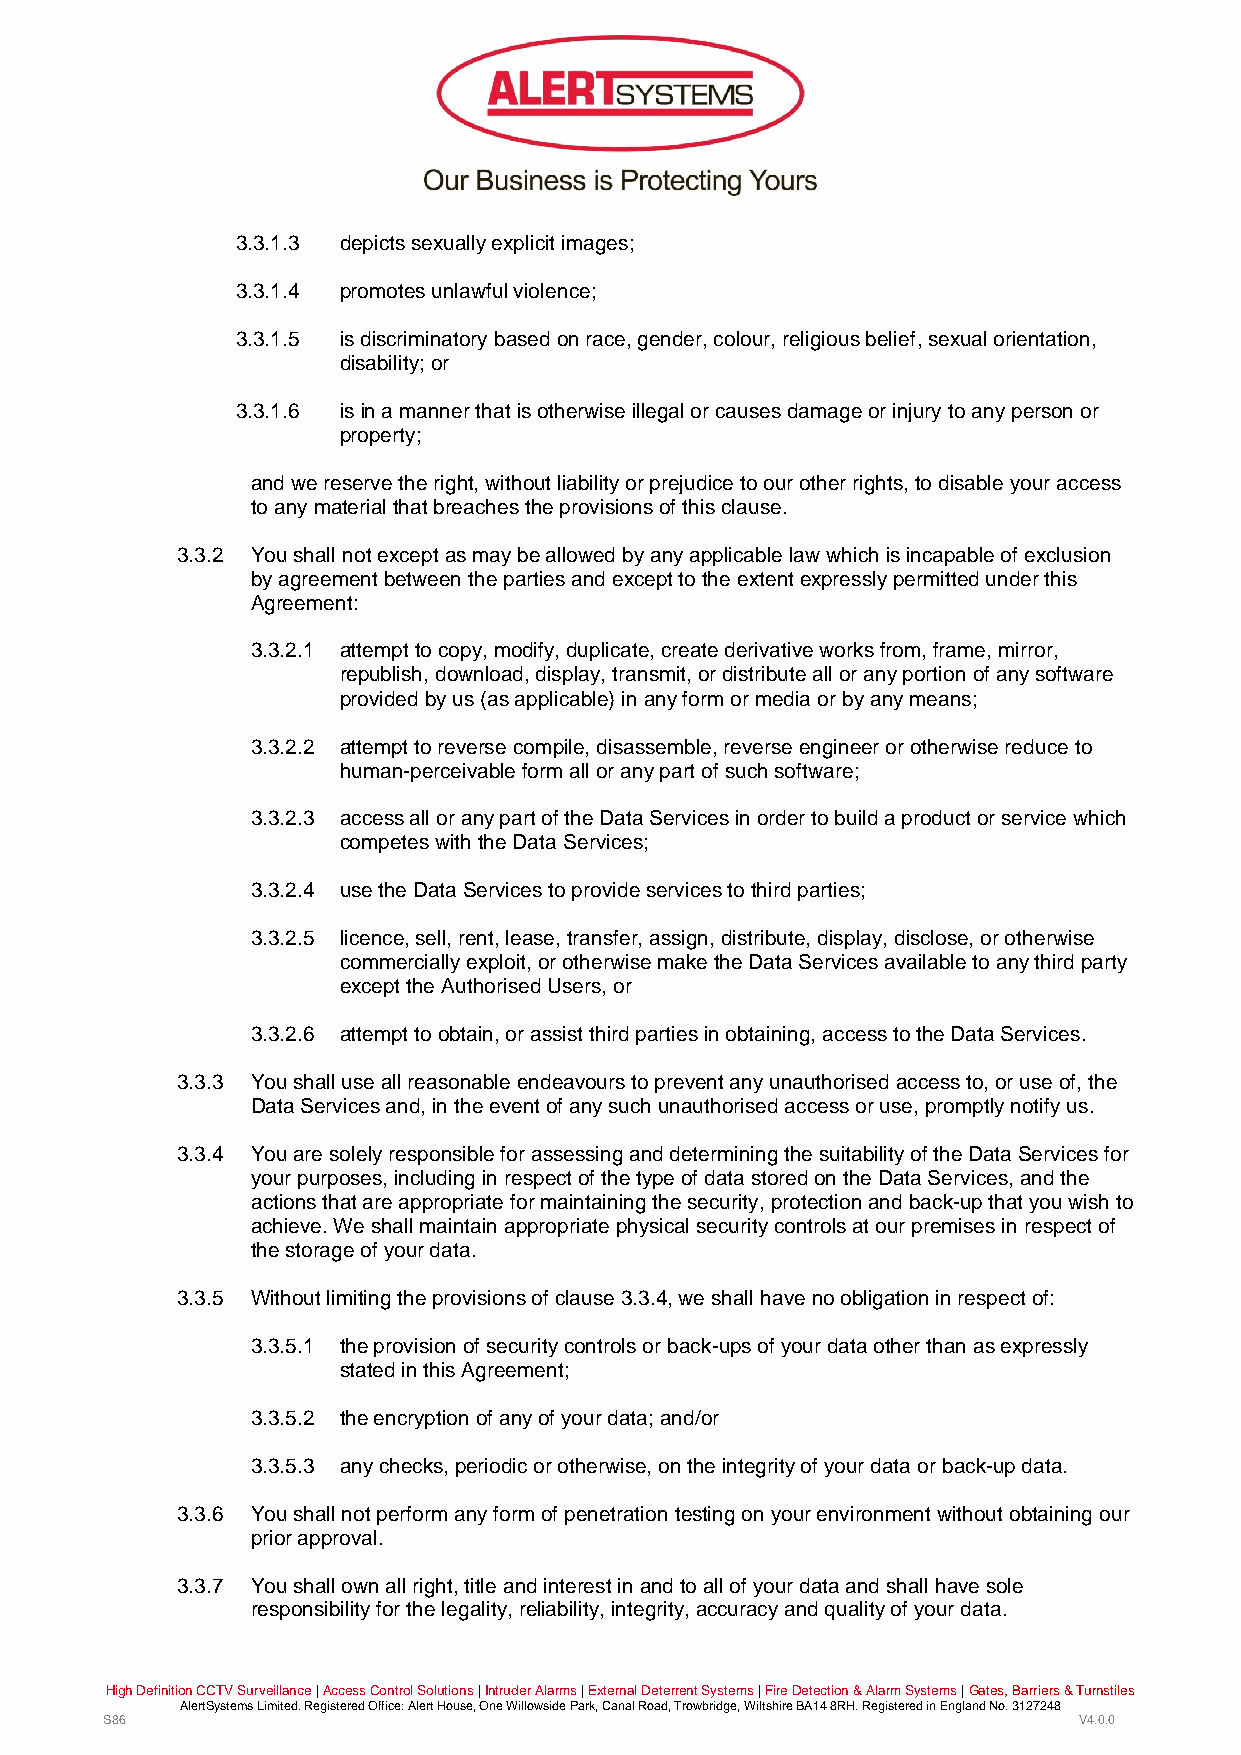
3.3.1.3 depicts sexually explicit images;
 3.3.1.4 promotes unlawful violence;
 3.3.1.5 is discriminatory based on race, gender, colour, religious belief, sexual orientation,
 disability; or
 3.3.1.6 is in a manner that is otherwise illegal or causes damage or injury to any person or
 property;
 and we reserve the right, without liability or prejudice to our other rights, to disable your access
 to any material that breaches the provisions of this clause.
 3.3.2 You shall not except as may be allowed by any applicable law which is incapable of exclusion
 by agreement between the parties and except to the extent expressly permitted under this
 Agreement:
 3.3.2.1 attempt to copy, modify, duplicate, create derivative works from, frame, mirror,
 republish, download, display, transmit, or distribute all or any portion of any software
 provided by us (as applicable) in any form or media or by any means;
 3.3.2.2 attempt to reverse compile, disassemble, reverse engineer or otherwise reduce to
 human-perceivable form all or any part of such software;
 3.3.2.3 access all or any part of the Data Services in order to build a product or service which
 competes with the Data Services;
 3.3.2.4 use the Data Services to provide services to third parties;
 3.3.2.5 licence, sell, rent, lease, transfer, assign, distribute, display, disclose, or otherwise
 commercially exploit, or otherwise make the Data Services available to any third party
 except the Authorised Users, or
 3.3.2.6 attempt to obtain, or assist third parties in obtaining, access to the Data Services.
 3.3.3 You shall use all reasonable endeavours to prevent any unauthorised access to, or use of, the
 Data Services and, in the event of any such unauthorised access or use, promptly notify us.
 3.3.4 You are solely responsible for assessing and determining the suitability of the Data Services for
 your purposes, including in respect of the type of data stored on the Data Services, and the
 actions that are appropriate for maintaining the security, protection and back-up that you wish to
 achieve. We shall maintain appropriate physical security controls at our premises in respect of
 the storage of your data.
 3.3.5 Without limiting the provisions of clause 3.3.4, we shall have no obligation in respect of:
 3.3.5.1 the provision of security controls or back-ups of your data other than as expressly
 stated in this Agreement;
 3.3.5.2 the encryption of any of your data; and/or
 3.3.5.3 any checks, periodic or otherwise, on the integrity of your data or back-up data.
 3.3.6 You shall not perform any form of penetration testing on your environment without obtaining our
 prior approval.
 3.3.7 You shall own all right, title and interest in and to all of your data and shall have sole
 responsibility for the legality, reliability, integrity, accuracy and quality of your data.
 High Definition CCTV Surveillance | Access Control Solutions | Intruder Alarms | External Deterrent Systems | Fire Detection & Alarm Systems | Gates, Barriers & Turnstiles
 AlertSystems Limited. Registered Office: Alert House, One Willowside Park, Canal Road, Trowbridge, Wiltshire BA14 8RH. Registered in England No. 3127248
 S86                                                             V4.0.0